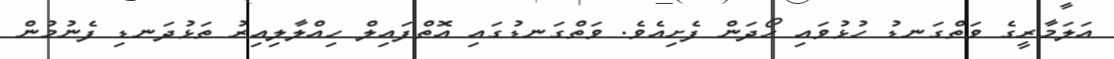
އަލަމާރީގެ ވަތްގަނޑު ހުޅުވައި ހޯދަން ފެށިއެވެ. ވަތްގަނޑުގައި އޮތްފައިލް ހިއްލާލިއިރު ތަޅުދަނޑި ފެނުމުން